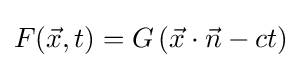
F({\vec {x}},t)=G\left({\vec {x}}\cdot {\vec {n}}-ct\right)